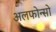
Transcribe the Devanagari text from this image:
अलफोन्सो